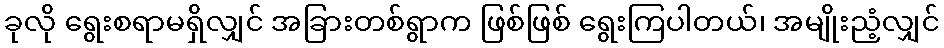
ခုလို ရွေးစရာမရှိလျှင် အခြားတစ်ရွာက ဖြစ်ဖြစ် ရွေးကြပါတယ်၊ အမျိုးညံ့လျှင်